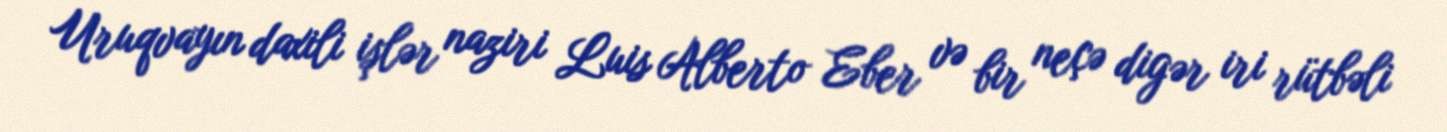
Uruqvayın daxili işlər naziri Luis Alberto Eber və bir neçə digər iri rütbəli